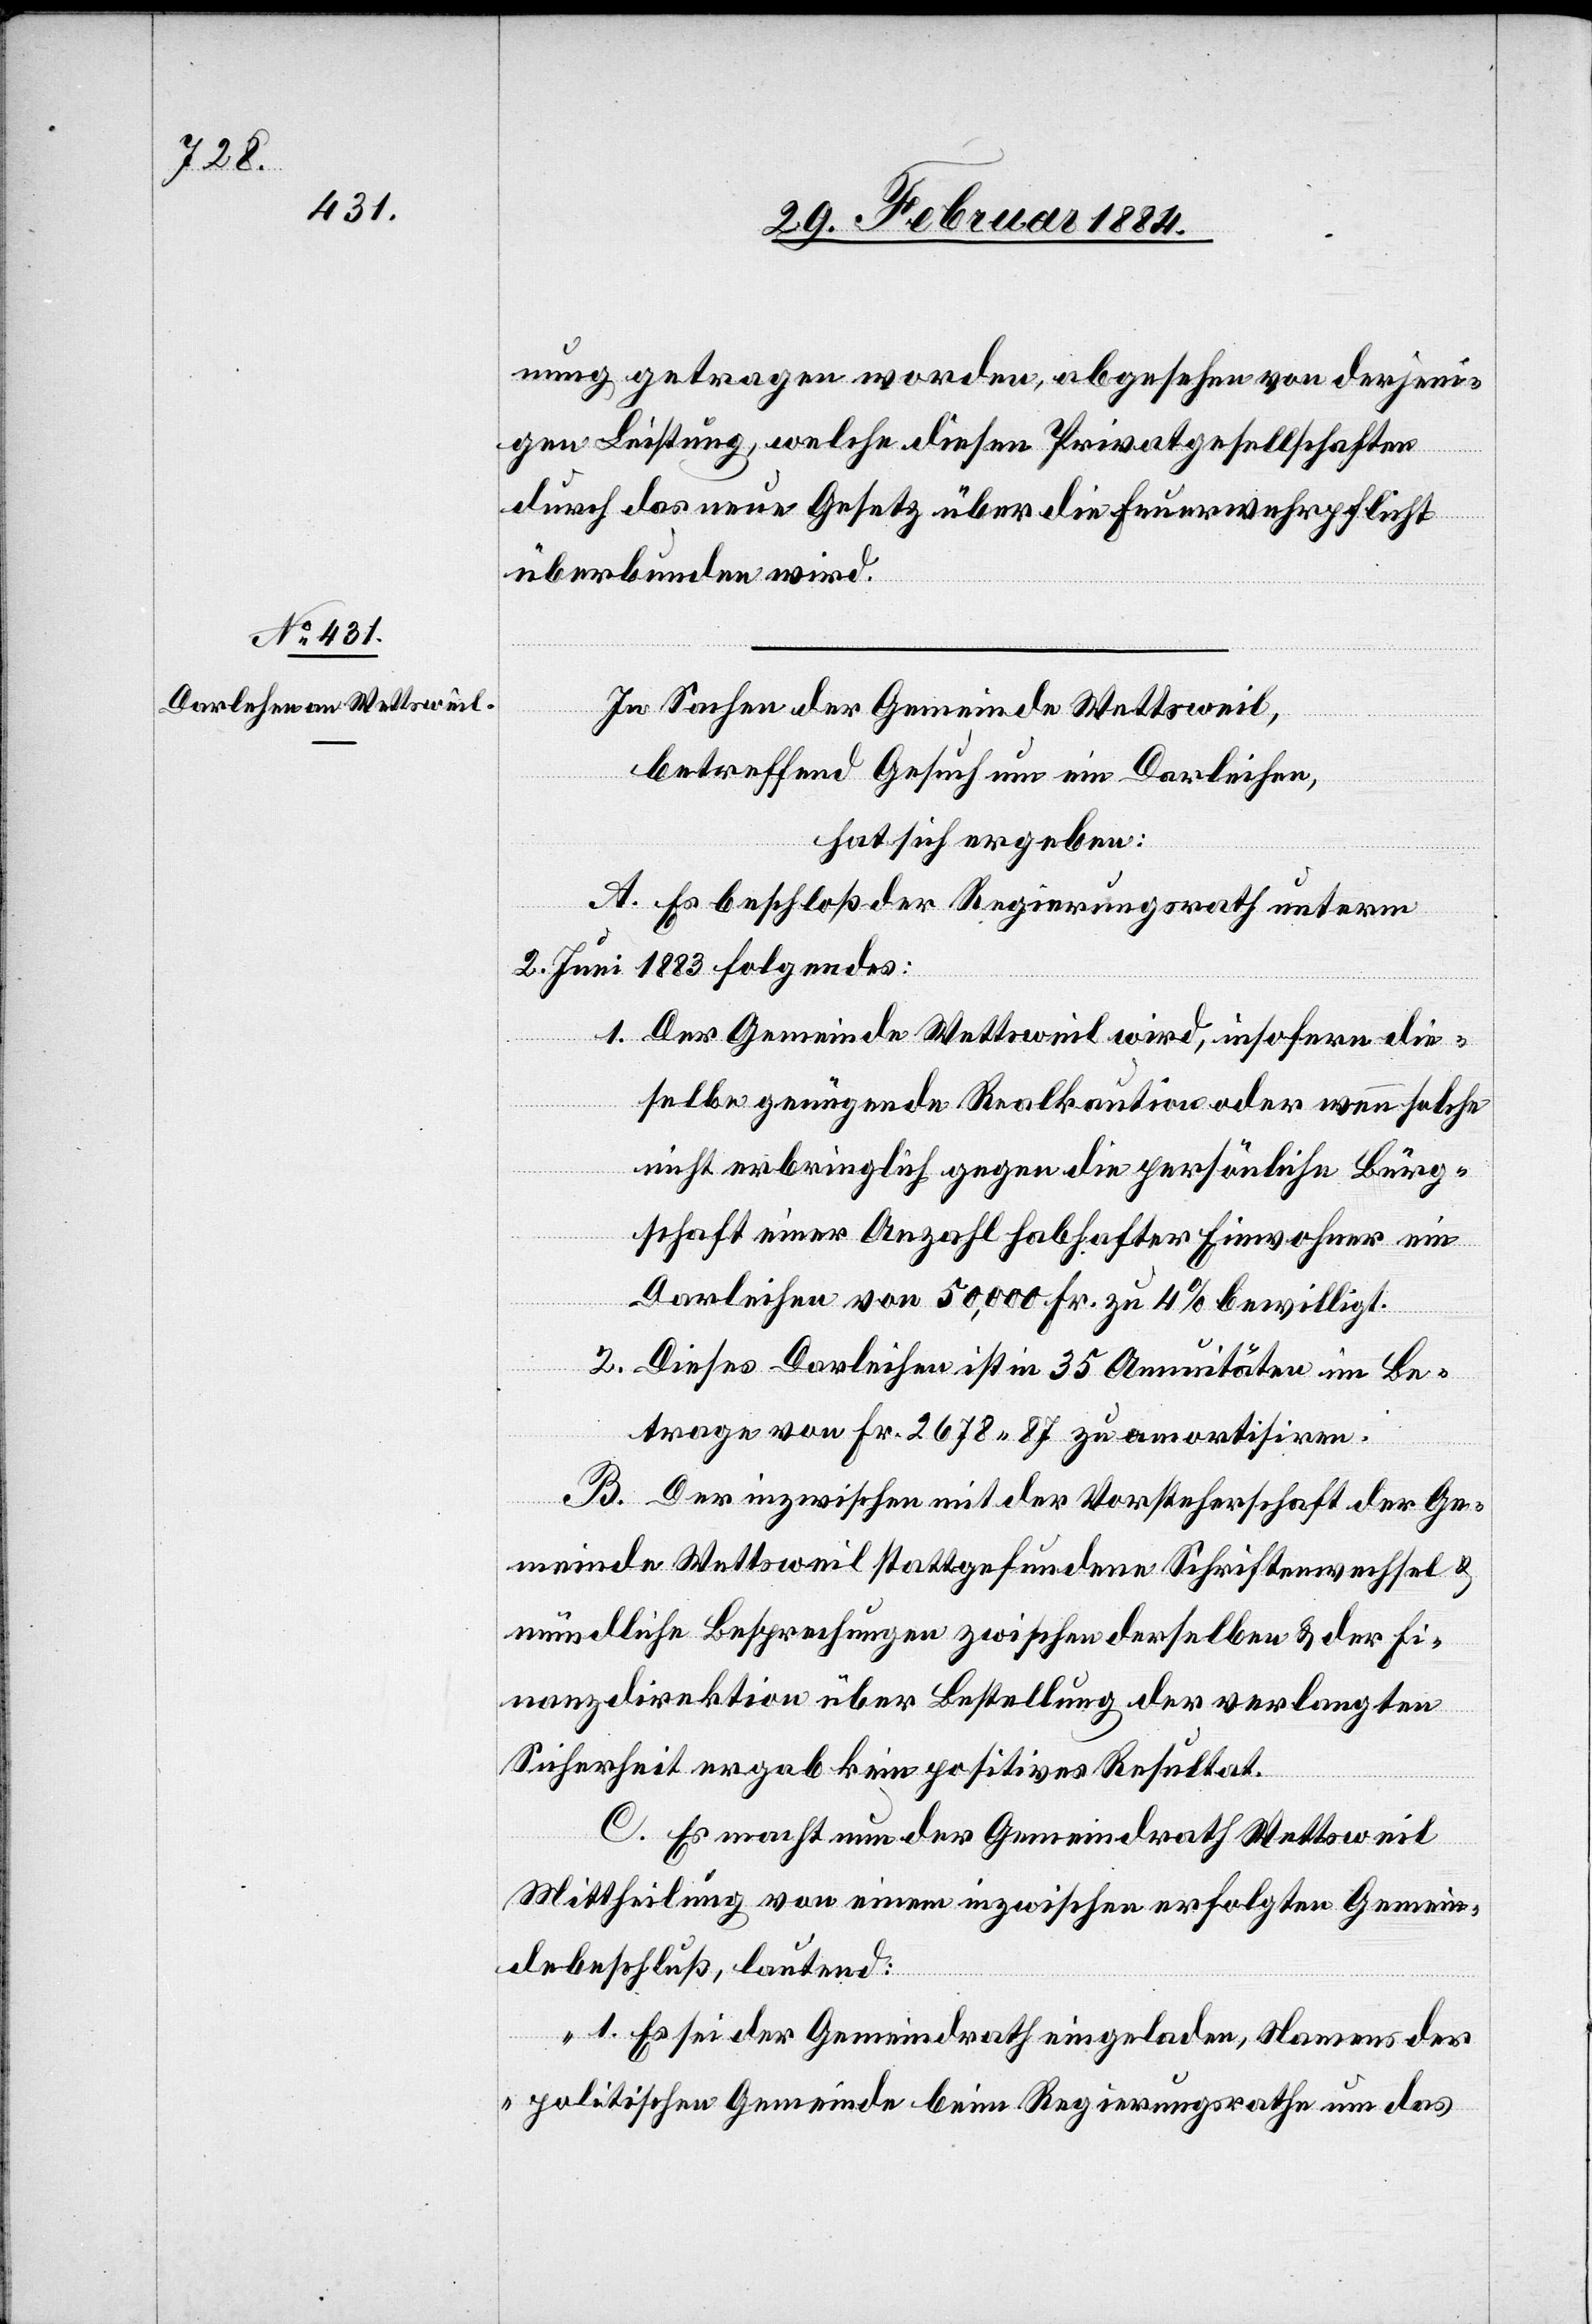
nung getragen worden, abgesehen von derjeni¬
gen Leistung, welche diesen Privatgesellschaften
durch das neue Gesetz über die Feuerwehrpflicht
überbunden wird.
In Sachen der Gemeinde Wettsweil,
betreffend Gesuch um ein Darleihen,
hat sich ergeben:
A. Es beschloß der Regierungsrath unterm
2. Juni 1883 Folgendes:
1. Der Gemeinde Wettsweil wird, insofern die¬
selbe genügende Realkaution oder wenn solche
nicht erbringlich gegen die persönliche Bürg¬
schaft einer Anzahl habhafter Einwohner ein
Darleihen von 50,000 Fr. zu 4% bewilligt.
2. Dieses Darliehen ist in 25 Annuitäten im Be¬
trage von Fr. 2678 87 zu amortisiren.
B. Der inzwischen mit der Vorsteherschaft der Ge¬
meinde Wettsweil stattgefundene Schriftenwechsel &
mündliche Besprechungen zwischen derselben & der Fi¬
nanzdirektion über Bestellung der verlangten
Sicherheit ergab kein positives Resultat.
C. Es macht nun der Gemeindrath Wettsweil
Mittheilung von einem inzwischen erfolgten Gemein¬
debeschluß, lauten:
„1. Es sei der Gemeindrath eingeladen, Namens der
politischen Gemeinde beim Regierungsrathe um das